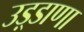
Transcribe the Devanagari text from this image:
उड़्डाणा